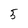
Character: 5